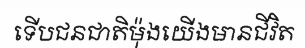
ទើបជនជាតិម៉ុងយើងមានជីវិត